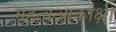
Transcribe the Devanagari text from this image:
महत्वआकांक्षी